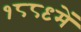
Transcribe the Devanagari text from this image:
१८८९में